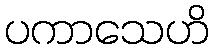
ပကာသေဟိ